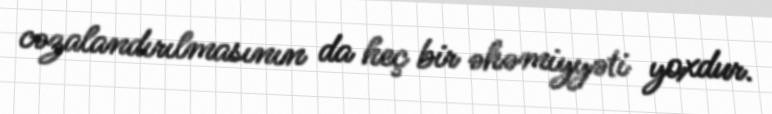
cəzalandırılmasının da heç bir əhəmiyyəti yoxdur.